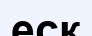
еск